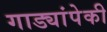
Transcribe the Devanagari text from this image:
गाड्यांपेकी